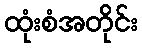
ထုံးစံအတိုင်း